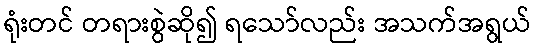
ရုံးတင် တရားစွဲဆို၍ ရသော်လည်း အသက်အရွယ်